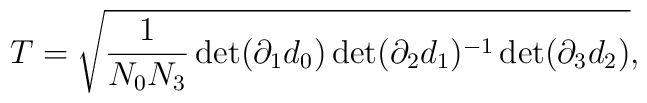
T=\sqrt{\frac{1}{N_0 N_3}\det(\partial_1 d_0)\det(\partial_2d_1)^{-1}\det(\partial_3d_2)},